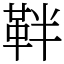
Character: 靽